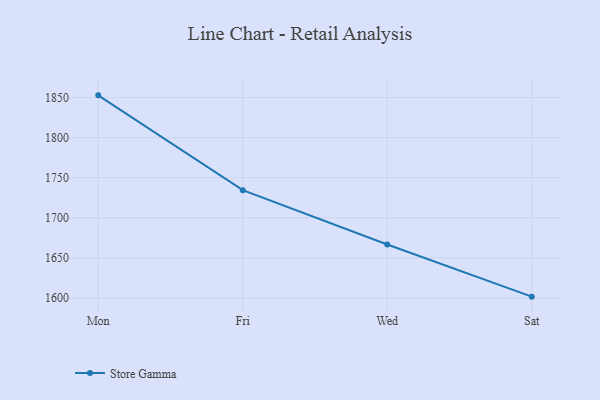
{"axis": {"x": "Day", "y": "Inventory Turnover"}, "legend": ["Store Gamma"], "data": [{"x": "Mon", "y": 1852.7, "type": "Store Gamma"}, {"x": "Fri", "y": 1734.4, "type": "Store Gamma"}, {"x": "Wed", "y": 1666.7, "type": "Store Gamma"}, {"x": "Sat", "y": 1601.6, "type": "Store Gamma"}]}